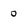
Character: 0